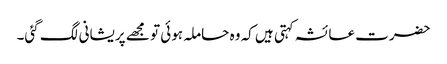
حضرت عائشہ کہتی ہیں کہ وہ حاملہ ہوئی تو مجھے پریشانی لگ گئی۔